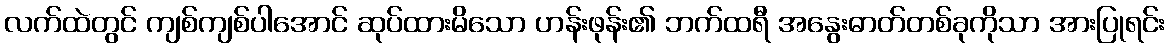
လက်ထဲတွင် ကျစ်ကျစ်ပါအောင် ဆုပ်ထားမိသော ဟန်းဖုန်း၏ ဘက်ထရီ အနွေးဓာတ်တစ်ခုကိုသာ အားပြုရင်း